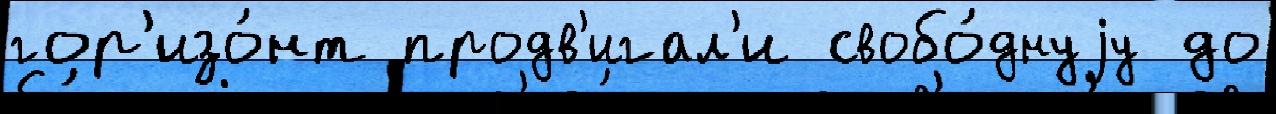
гор'изо́нт продв'игал'и свобо́днуjу до